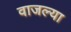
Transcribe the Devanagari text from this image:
वाजल्या